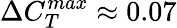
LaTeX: \Delta C_{T}^{max}\approx 0.07